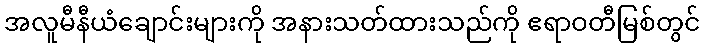
အလူမီနီယံချောင်းများကို အနားသတ်ထားသည်ကို ဧရာဝတီမြစ်တွင်